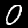
Label: 0